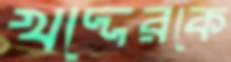
খদ্দেরকে